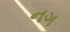
નગ